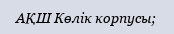
АҚШ Көлік корпусы;